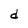
Character: d